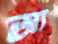
অ্য